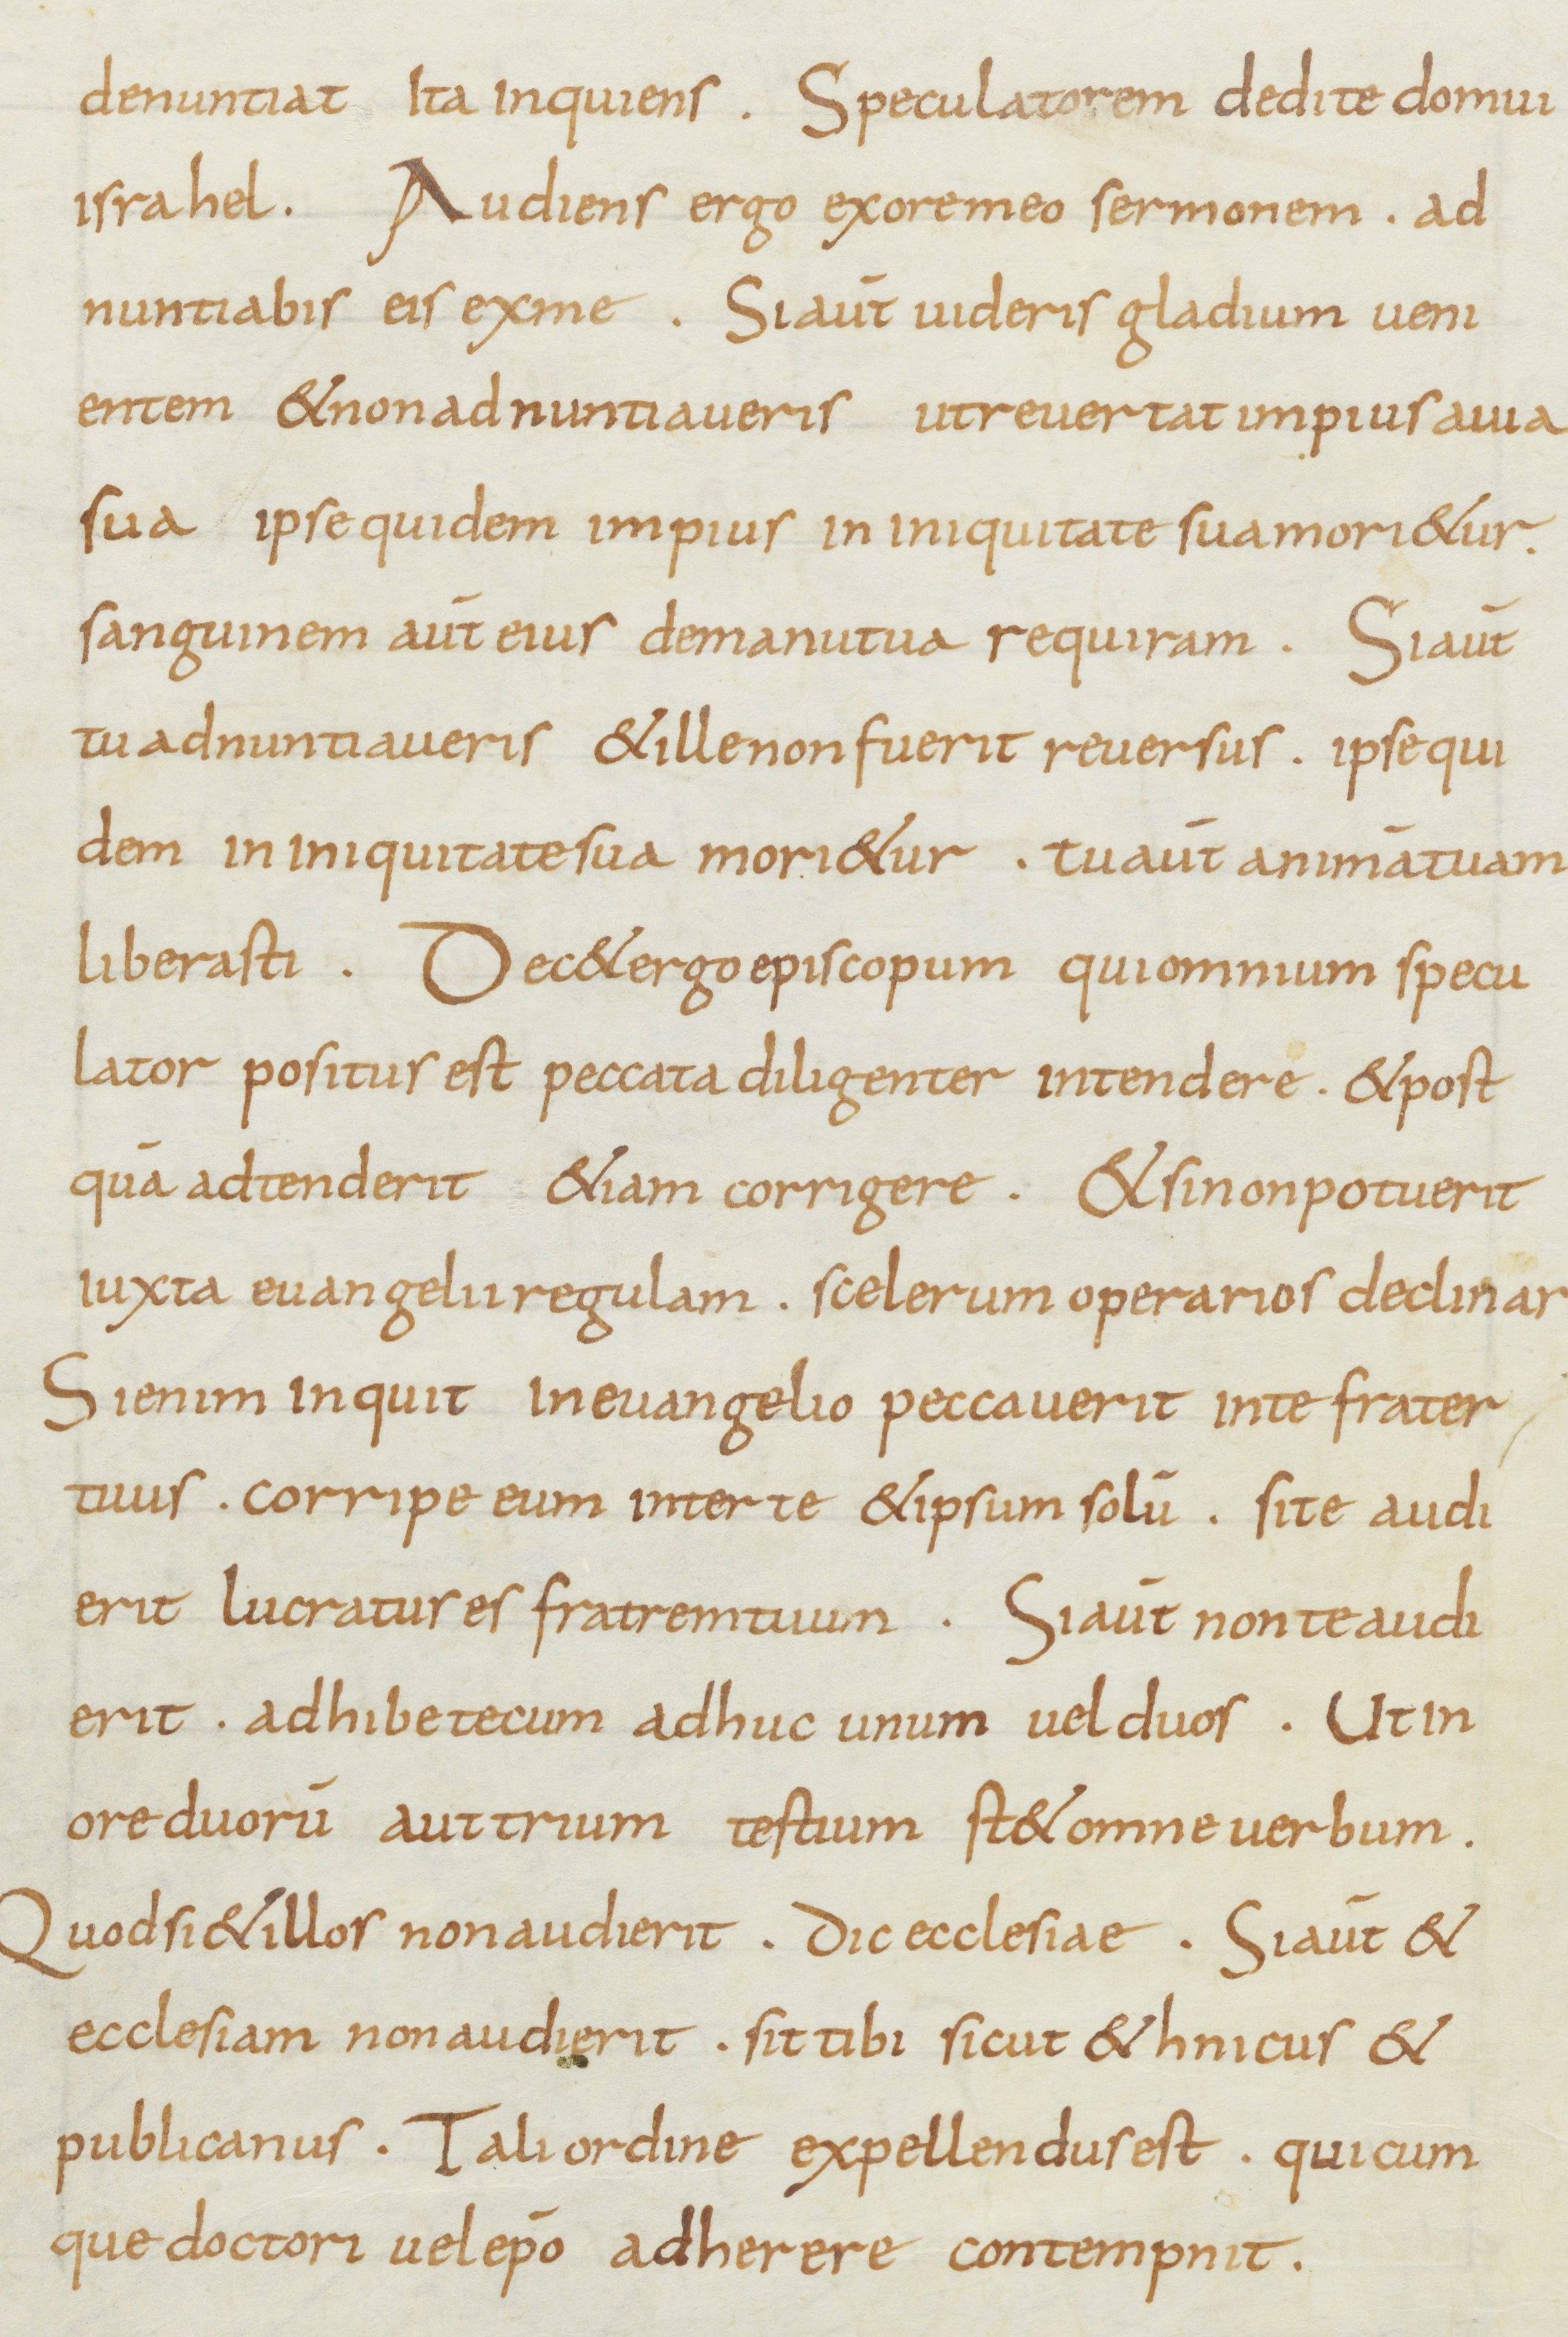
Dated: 800–899